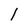
Character: l